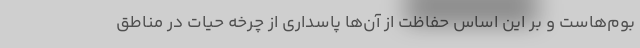
بوم‌هاست و بر این اساس حفاظت از آن‌ها پاسداری از چرخه حیات در مناطق